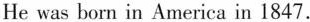
He was born in America in 1847.